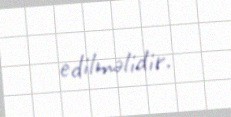
edilməlidir.